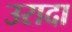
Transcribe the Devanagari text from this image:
उरादा